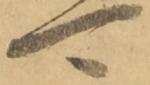
可